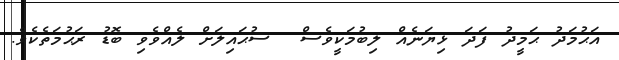
އަޙުމަދު ޙަމީދު ފަދަ ޅިޔަނެއް ލިބުމަކީވެސް  ސުޙައިލަށް ލެއްވެވި ބޮޑު ރަޙުމަތެކެވެ.